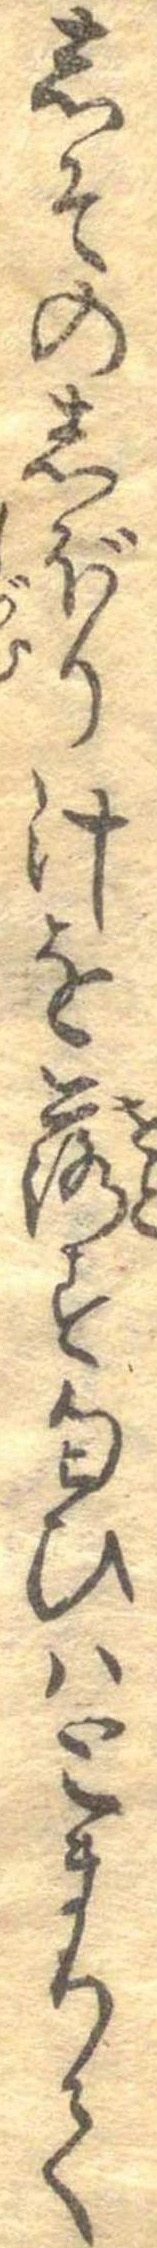
しそのしぼり汁を落す匂ひはとまりて